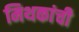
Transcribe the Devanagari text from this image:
मिथकांची